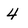
Character: 4